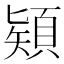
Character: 𩓙